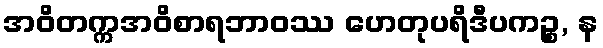
အဝိတက္ကအဝိစာရဘာဝဿ ဟေတုပရိဒီပကဉ္စ, န